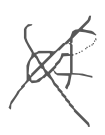
Text: of
Cross-out: cross
Writing tool: digital_gray